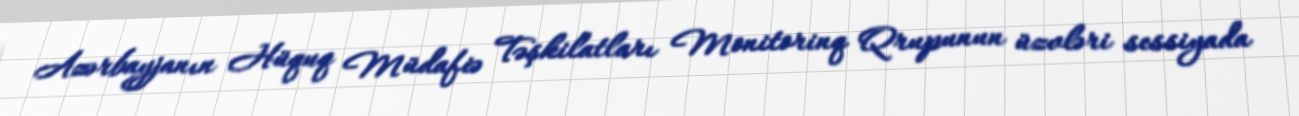
Azərbayjanın Hüquq Müdafiə Təşkilatları Monitorinq Qrupunun üzvləri sessiyada